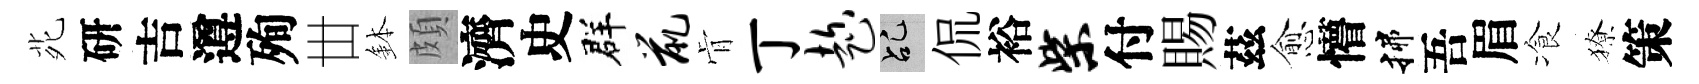
𫟍研吉遵殉丗鉢頗濟史群鼠肻丁趁乩侃裕柴付賜茲愈懵揲吾眉飡獠策